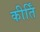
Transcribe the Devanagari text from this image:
कीर्तिं